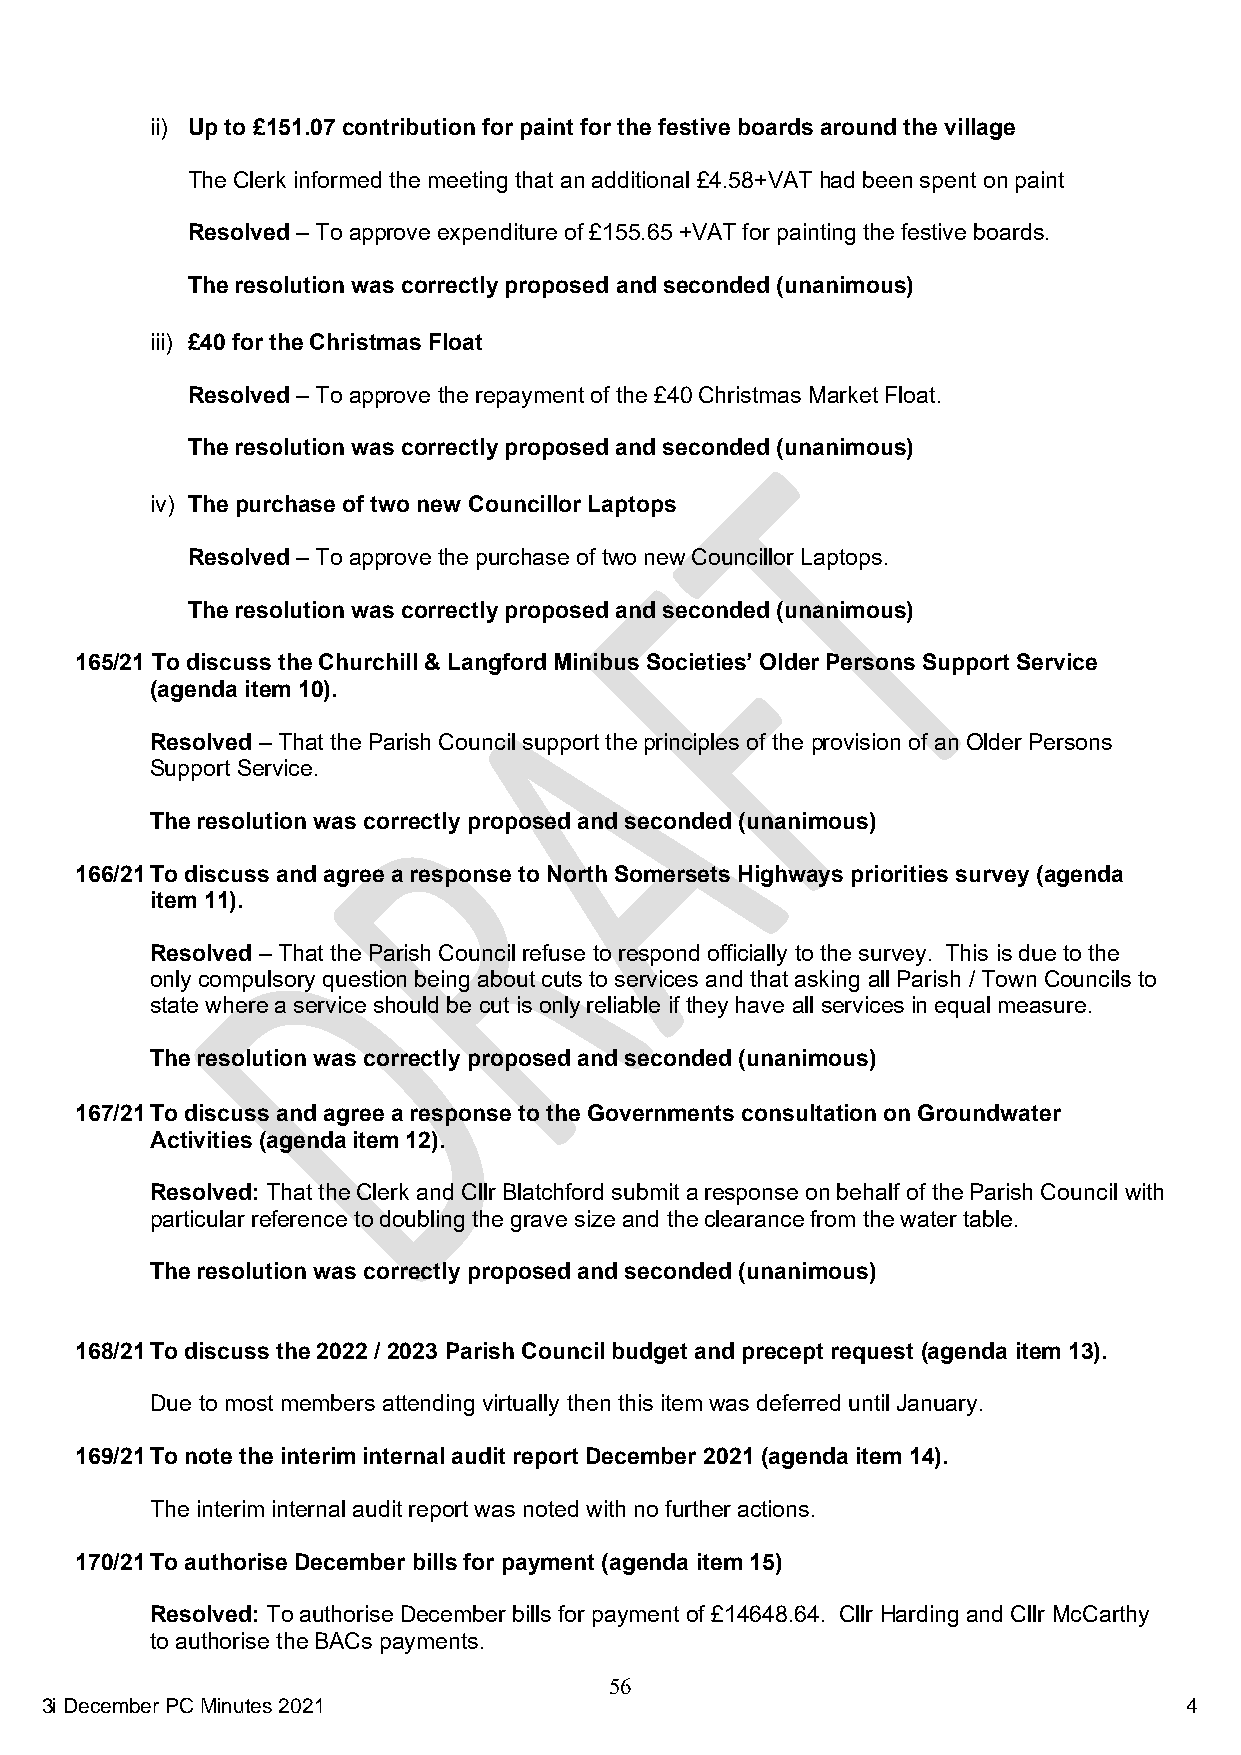
ii) Up to £151.07 contribution for paint for the festive boards around the village
 The Clerk informed the meeting that an additional £4.58+VAT had been spent on paint
 Resolved – To approve expenditure of £155.65 +VAT for painting the festive boards.
 The resolution was correctly proposed and seconded (unanimous)
 iii) £40 for the Christmas Float
 Resolved – To approve the repayment of the £40 Christmas Market Float.
 The resolution was correctly proposed and seconded (unanimous)
 iv) The purchase of two new Councillor Laptops
 Resolved – To approve the purchase of two new Councillor Laptops.
 The resolution was correctly proposed and seconded (unanimous)
 165/21 To discuss the Churchill & Langford Minibus Societies’ Older Persons Support Service
 (agenda item 10).
 Resolved – That the Parish Council support the principles of the provision of an Older Persons
 Support Service.
 The resolution was correctly proposed and seconded (unanimous)
 166/21 To discuss and agree a response to North Somersets Highways priorities survey (agenda
 item 11).
 Resolved – That the Parish Council refuse to respond officially to the survey. This is due to the
 only compulsory question being about cuts to services and that asking all Parish / Town Councils to
 state where a service should be cut is only reliable if they have all services in equal measure.
 The resolution was correctly proposed and seconded (unanimous)
 167/21 To discuss and agree a response to the Governments consultation on Groundwater
 Activities (agenda item 12).
 Resolved: That the Clerk and Cllr Blatchford submit a response on behalf of the Parish Council with
 particular reference to doubling the grave size and the clearance from the water table.
 The resolution was correctly proposed and seconded (unanimous)
 168/21 To discuss the 2022 / 2023 Parish Council budget and precept request (agenda item 13).
 Due to most members attending virtually then this item was deferred until January.
 169/21 To note the interim internal audit report December 2021 (agenda item 14).
 The interim internal audit report was noted with no further actions.
 170/21 To authorise December bills for payment (agenda item 15)
 Resolved: To authorise December bills for payment of £14648.64. Cllr Harding and Cllr McCarthy
 to authorise the BACs payments.
 56
 3i Decembe r PC Minutes 2021                                               4